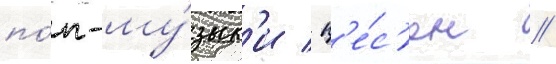
по́п-му́зык'и / п'е́с'ен /